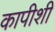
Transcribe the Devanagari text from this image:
कापीशी